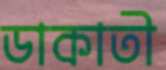
ডাকাতী